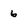
Character: 6